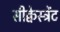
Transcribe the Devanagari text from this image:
सीक्वेस्ट्रेंट